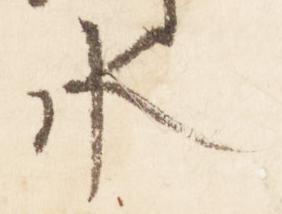
水